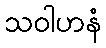
သဝါဟနံ